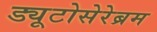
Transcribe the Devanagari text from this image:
ड्यूटोसेरेब्रम